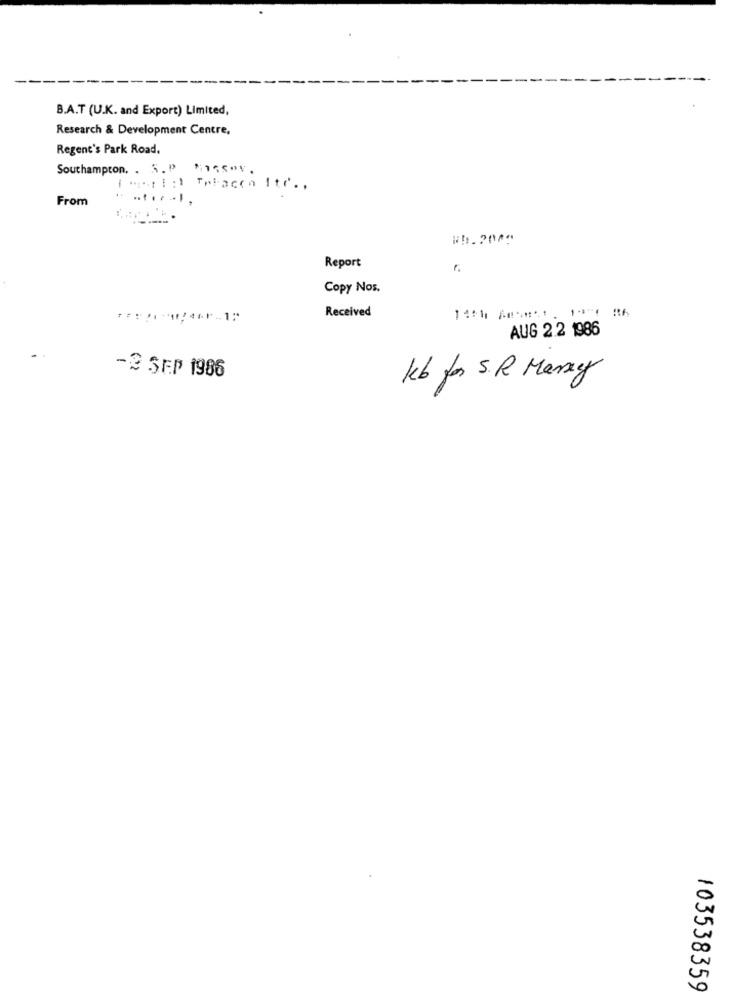
B.A.T (U.K. and Export) Limited,
Research & Development Centre,
Regent's Park Road.
Southampton. . S. P "15S"V.
| ** si: ) Tpbacon Itr ..
From
Report
r.
Copy Nos.
Received
AUG 2.2 1986
-2 SEP 1986
Kb for S.R. Marry
103538359